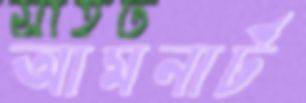
আমনার্ট